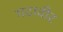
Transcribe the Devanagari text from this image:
गदावीर